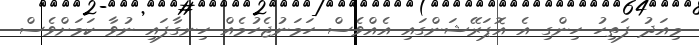
މިއަދު ފަތިހު ހިންގި އެ އޮޕަރޭޝަންގައި އެއްވެސް ހަމަނުޖެހުމެއް ހިނގާފައި ނުވާ ކަމަށްވެސް